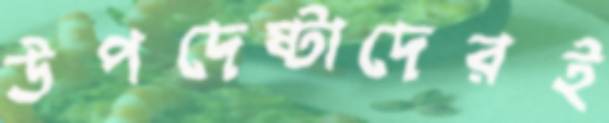
উপদেষ্টাদেরই